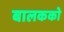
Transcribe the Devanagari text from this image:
बालकको